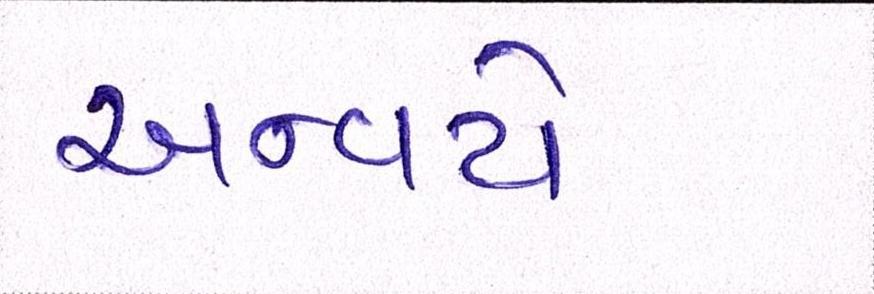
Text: અન્વયે